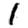
Digit: 1